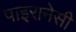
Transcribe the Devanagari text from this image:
पाइरानेसी